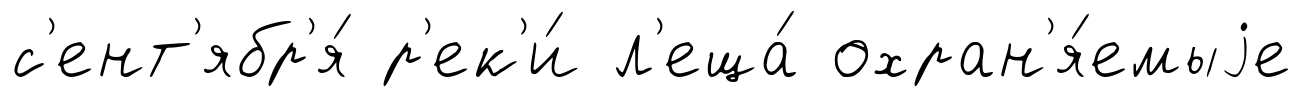
с'ент'ябр'я́ р'ек'и́ л'еща́ охран'я́емыjе